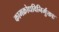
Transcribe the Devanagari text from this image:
कामक्रोधविनिर्मुक्ताः